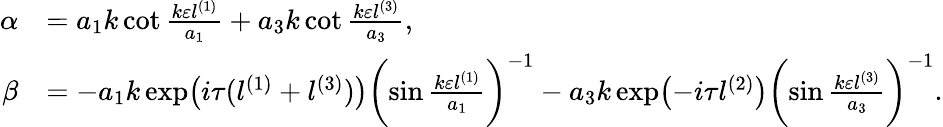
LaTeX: \begin{array}{rl}{\alpha}&{=a_{1}k\cot\frac{k\varepsilon l^{(1)}}{a_{1}}+a_{3}k\cot\frac{k\varepsilon l^{(3)}}{a_{3}},}\\ {\beta}&{=-a_{1}k\exp\bigl(i\tau(l^{(1)}+l^{(3)})\bigr)\biggl(\sin\frac{k\varepsilon l^{(1)}}{a_{1}}\biggr)^{-1}-a_{3}k\exp\bigl(-i\tau l^{(2)}\bigr)\biggl(\sin\frac{k\varepsilon l^{(3)}}{a_{3}}\biggr)^{-1}.}\end{array}